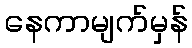
နေကာမျက်မှန်